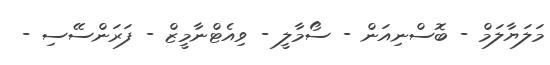
މަލަޔާލަމް - ބޮސްނިއަން - ސޯމާލީ - ވިއެޓްނާމީޒް - ފަރަންސޭސި -